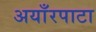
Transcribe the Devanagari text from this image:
अयाँरपाटा